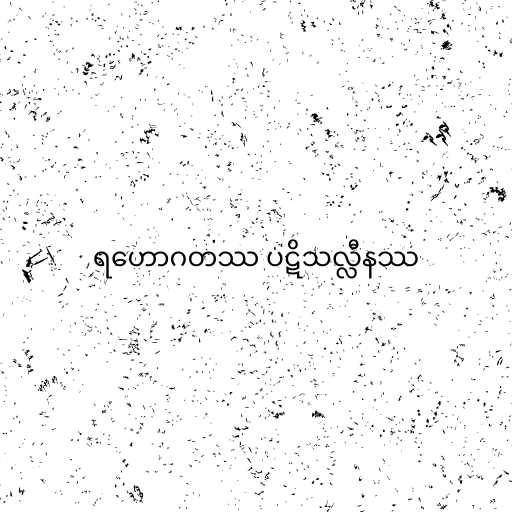
ရဟောဂတဿ ပဋိသလ္လီနဿ